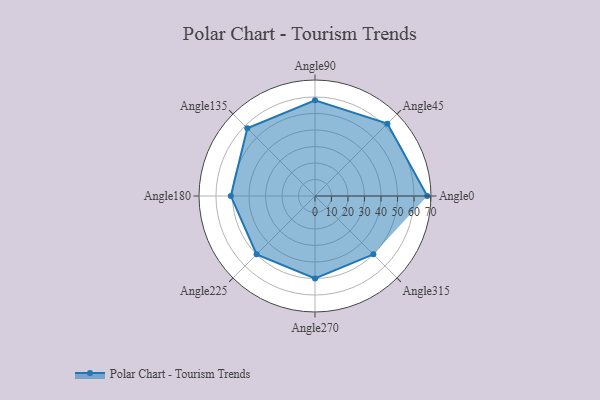
{"axis": {"x": "Angle", "y": "Radius"}, "legend": [""], "data": [{"x": "Angle0", "y": 68.0, "type": ""}, {"x": "Angle45", "y": 62.0, "type": ""}, {"x": "Angle90", "y": 58.0, "type": ""}, {"x": "Angle135", "y": 58.0, "type": ""}, {"x": "Angle180", "y": 51.0, "type": ""}, {"x": "Angle225", "y": 50, "type": ""}, {"x": "Angle270", "y": 50, "type": ""}, {"x": "Angle315", "y": 50, "type": ""}]}